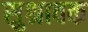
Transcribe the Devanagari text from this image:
सुश्रावक